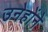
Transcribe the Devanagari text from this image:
उनेहोंने